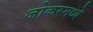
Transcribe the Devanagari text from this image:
जोकरमध्ये